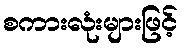
စကားလုံးများဖြင့်